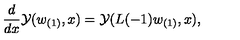
{ \frac { d } { d x } } { \cal Y } ( w _ { ( 1 ) } , x ) = { \cal Y } ( L ( - 1 ) w _ { ( 1 ) } , x ) ,